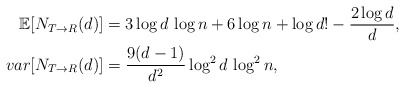
\begin{align*}\mathbb{E}[N_{T\to R}(d)]&= 3\log d \, \log n+6\log n+\log d!-\frac{2\log d}{d},\\var[N_{T\to R}(d)]&=\frac{9(d-1)}{d^2}\log^2d \, \log^2n,\end{align*}